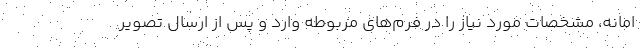
امانه، مشخصات مورد نیاز را در فرم‌های مربوطه وارد و پس از ارسال تصویر